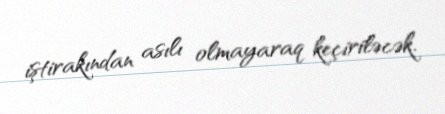
iştirakından asılı olmayaraq keçiriləcək.